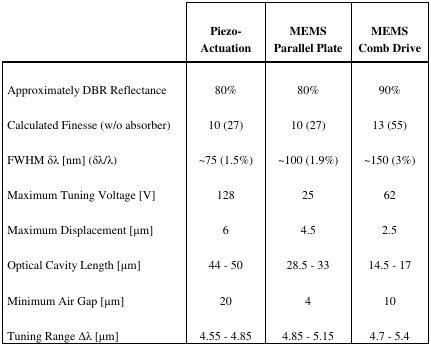
<table><thead><tr><td></td><td><b>Piezo-Actuation</b></td><td><b>MEMS Parallel Plate</b></td><td><b>MEMS Comb Drive</b></td></tr></thead><tbody><tr><td>Approximately DBR Reflectance</td><td>80%</td><td>80%</td><td>90%</td></tr><tr><td>Calculated Finesse (w/o absorber)</td><td>10 (27)</td><td>10 (27)</td><td>13 (55)</td></tr><tr><td>FWHM δλ [nm] (δλ/λ)</td><td>∼75 (1.5%)</td><td>∼100 (1.9%)</td><td>∼150 (3%)</td></tr><tr><td>Maximum Tuning Voltage [V]</td><td>128</td><td>25</td><td>62</td></tr><tr><td>Maximum Displacement [μm]</td><td>6</td><td>4.5</td><td>2.5</td></tr><tr><td>Optical Cavity Length [μm]</td><td>44 - 50</td><td>28.5 - 33</td><td>14.5 - 17</td></tr><tr><td>Minimum Air Gap [μm]</td><td>20</td><td>4</td><td>10</td></tr><tr><td>Tuning Range Δλ [μm]</td><td>4.55 - 4.85</td><td>4.85 - 5.15</td><td>4.7 - 5.4</td></tr></tbody></table>